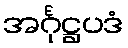
အင်္ဂုဋ္ဌပဒံ